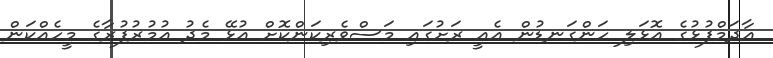
އާދަމްފުޅުގެ އޮޅަލި ހަންގަނޑުން އެއީ ރަށުގައި މަސްވެރިކަންކޮށް އުޅޭ މެދު އުމުރުފުރާގެ މީހެއްކަން